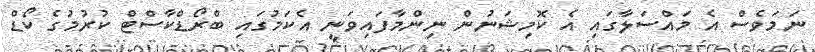
ނަމަވެސް އެ މައްސަލާގައި އެ ކޮމިޝަނުން ނިންމާފައިވަނީ އެކަމުގައި ބްރޯޑްކާސްޓް ކުރުމުގެ ކޯޑް